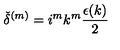
{ \check { \delta } } ^ { ( m ) } = i ^ { m } k ^ { m } \frac { \epsilon ( k ) } { 2 }